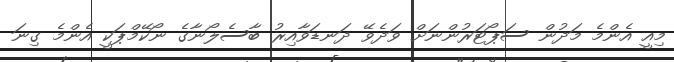
މިއީ އެންމެ މަދުން ސަޕޯޓަރުންނަށް ވަދެވޭ ދަނޑަވާއިރު ބާސެލޯނާގެ ނޯކޭމްޕަކީ އެންމެ ގިނަ